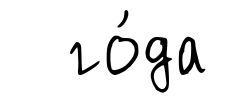
го́да